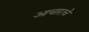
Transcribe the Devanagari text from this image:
आचाराचे